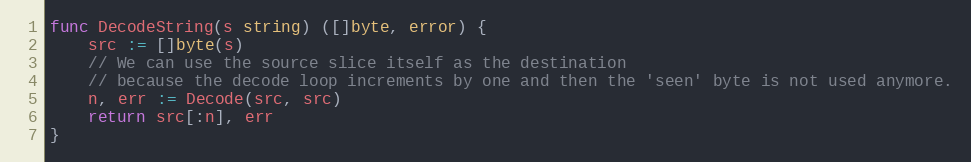
Language: Go
func DecodeString(s string) ([]byte, error) {
	src := []byte(s)
	// We can use the source slice itself as the destination
	// because the decode loop increments by one and then the 'seen' byte is not used anymore.
	n, err := Decode(src, src)
	return src[:n], err
}